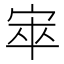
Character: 𡨔